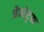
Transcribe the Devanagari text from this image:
प्रेजंट्स